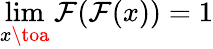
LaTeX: \operatorname*{lim}_{x\toa}\mathcal{F}(\mathcal{F}(x))=1